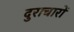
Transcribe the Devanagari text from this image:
दुराचारों